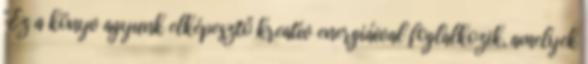
"Ez a könyv agyunk elképesztő kreatív energiáival foglalkozik, amelyek